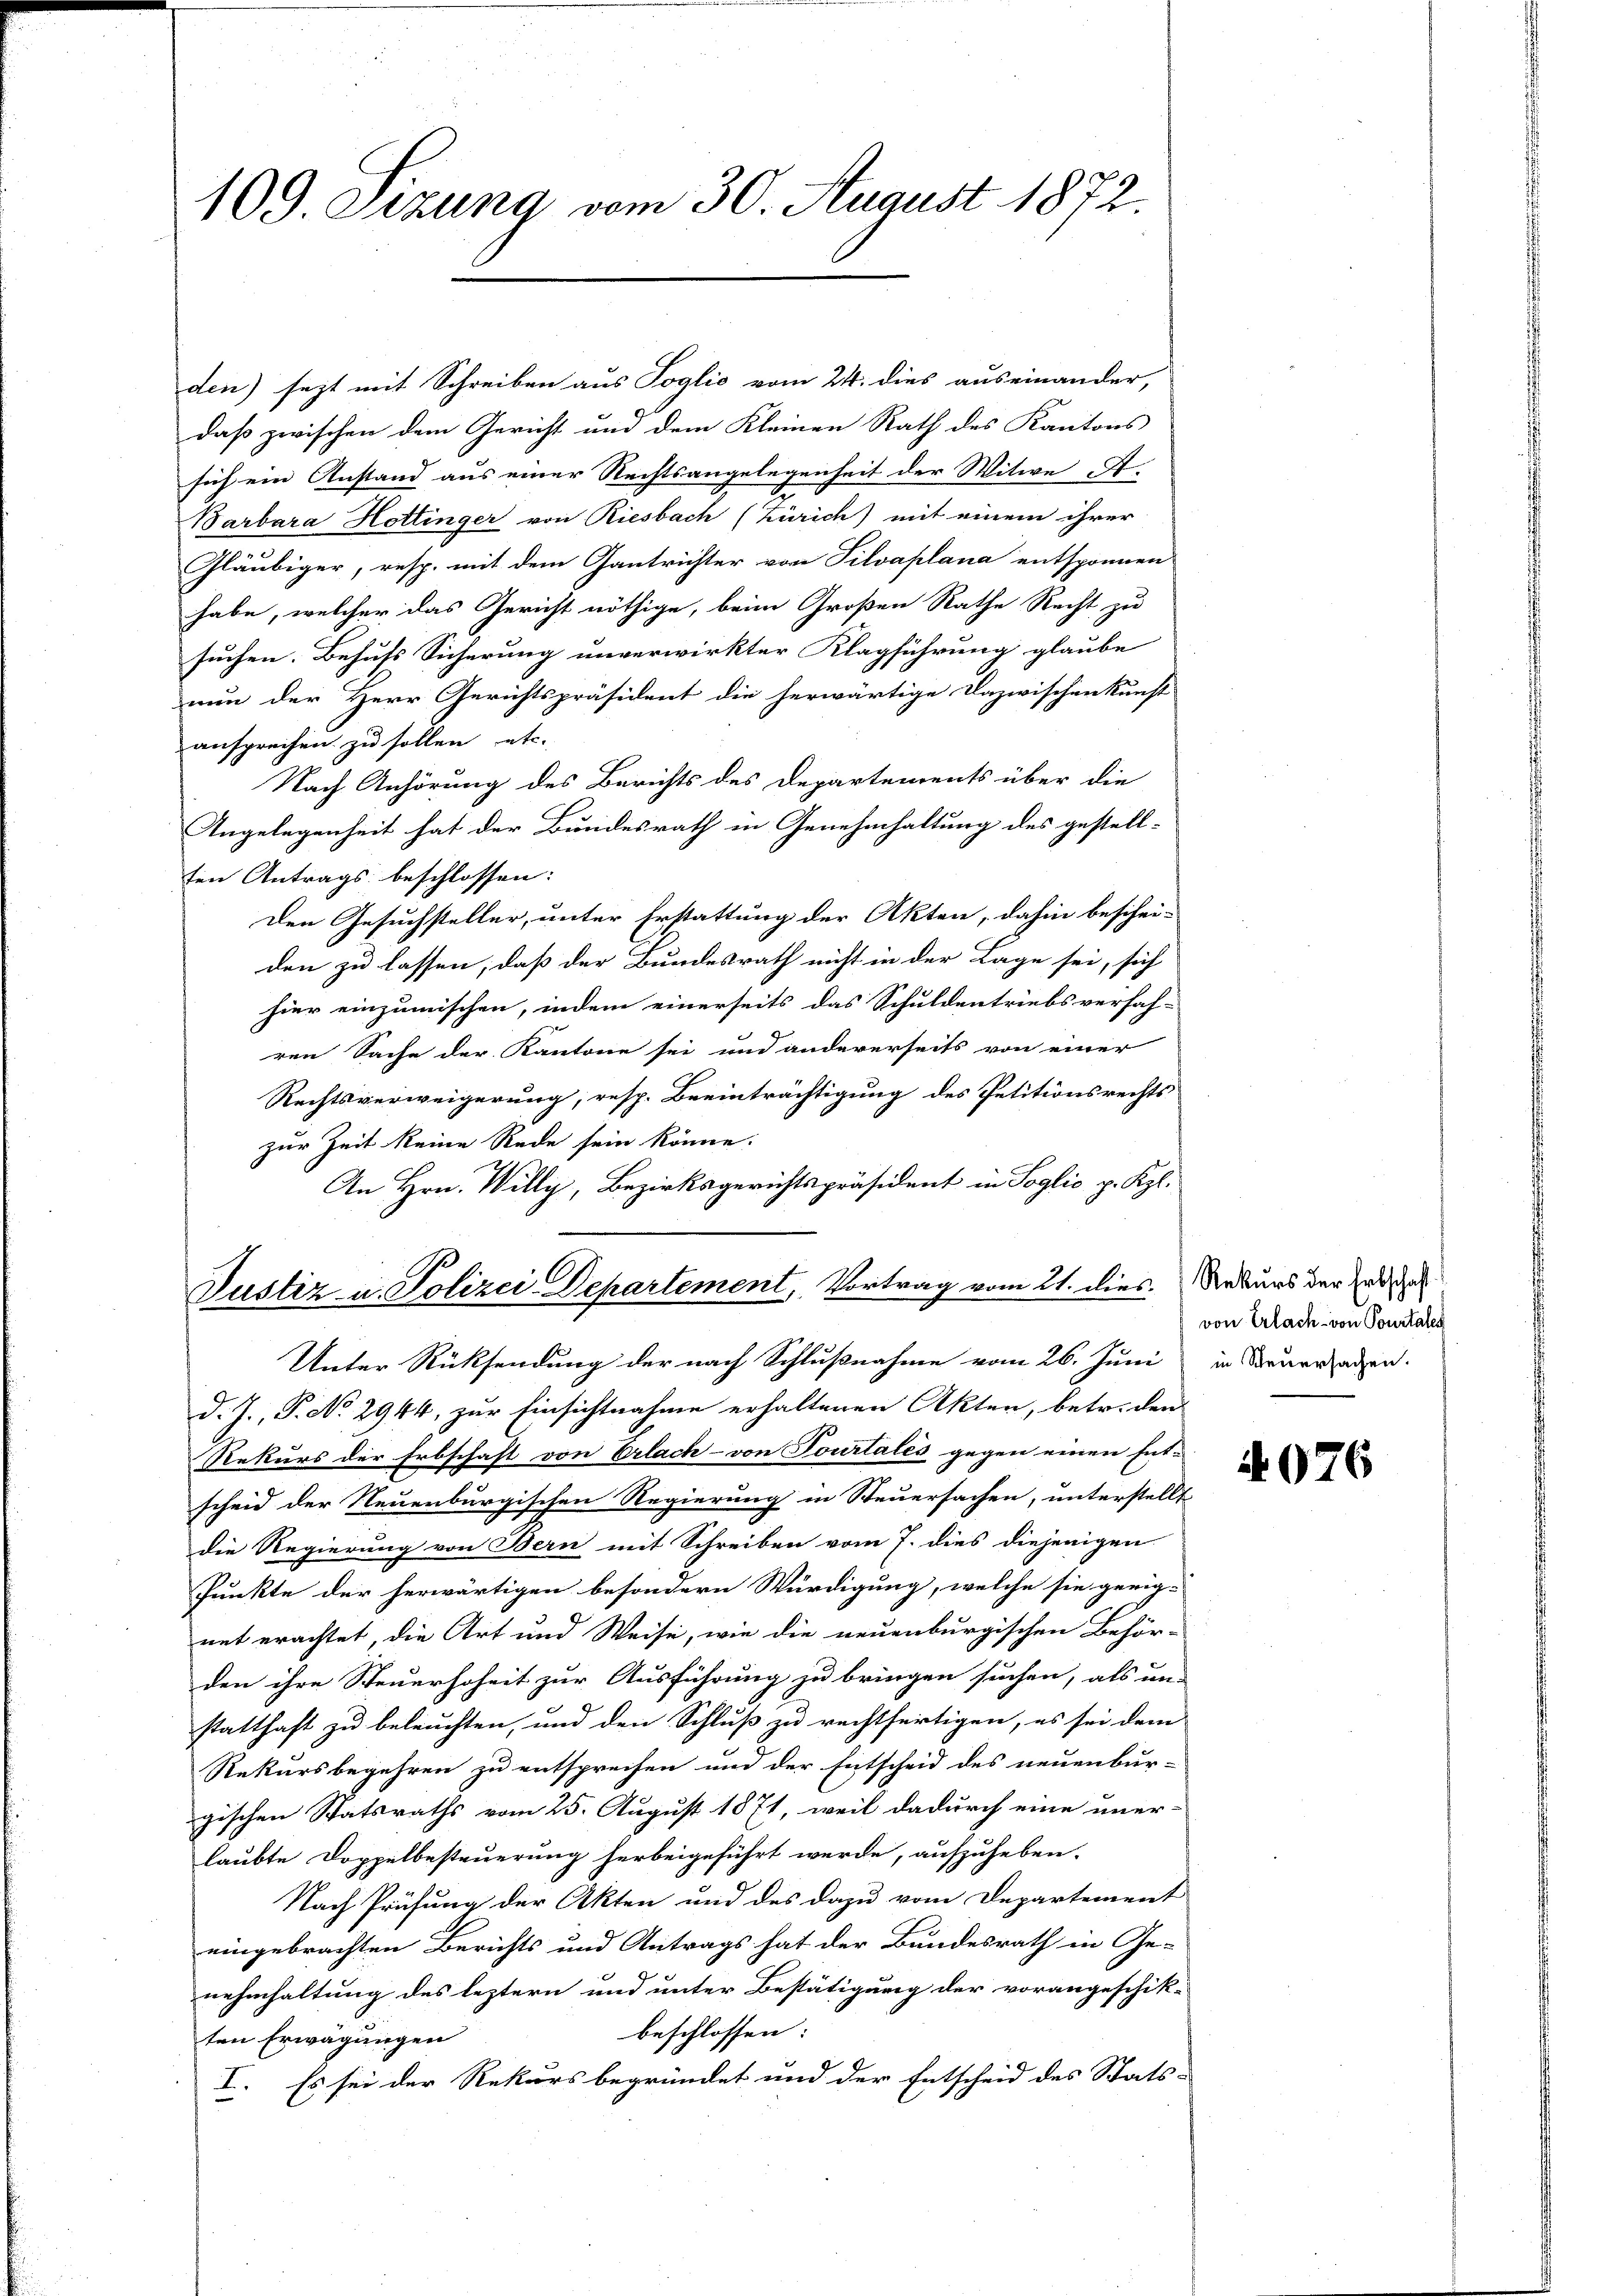
109. Sezung vom 30. August 1872.

daß zwischen dem Gericht und dem Kleinen Rath des Kantons
sich ein Anstand aus einer Rechtsangelegenheit der Witwe A.
Barbara Hottinger von Riesbach (Zürich) mit einem ihrer
Gläubiger, resp. mit dem Gantrichter von Silvaplana entsponnen
habe, welcher das Gericht nöthige, beim Großen Rathe Recht zu
suchen. Behufs Sicherung unverwirkter Klagführung glaube
nun der Herr Gerichtspräsident die herwärtige Dazwischenkunft
ansprechen zu sollen etc.
Nach Anhörung des Berichts des Departements über die
Angelegenheit hat der Bundesrath in Genehmhaltung des gestell-
ten Antrags beschlossen:
Den Gesuchsteller, unter Erstattung der Akten, dahin beschei-
den zu lassen, daß der Bundesrath nicht in der Lage sei, sich
hier einzumischen, indem einerseits das Schuldentriebsverfah-
ren Sache der Kantone sei und andererseits von einer
Rechtsverweigerung, resp. Beeinträchtigung des Petitionsrechts
zur Zeit keine Rede sein könne.
An Hrn. Willy, Bezirksgerichtspräsident in Soglio p. Kgl.
Justiz- u. Polizei-Departement, Vortrag vom 21. dies. Rekurs der Zedel
Unter Rücksendung der nach Schlußnahme vom 26. Juni in Neuersagen.
d. J., P. No 2944, zur Einsichtnahme erhaltenen Akten, betr. den
Rekurs der Erbschaft von Erlach - von Tourtales gegen einen Ent-
scheid der Neuenburgischen Regierung in Steuersachen, unterstellt
die Regierung von Bern mit Schreiben vom 7. dies diejenigen
Punkte der herwärtigen besondern Würdigung, welche sie geeig-
mit erachtet, die Art und Weise, wie die neuenburgischen Behör-
den ihre Steuerhoheit zur Ausführung zu bringen suchen, als um-
statthaft zu beleuchten, und den Schluß zu rechtfertigen, es sei dem
Rekursbegehren zu entsprechen und der Entscheid des neuenbur-
gischen Statsraths vom 25. August 1871, weil dadurch eine uner-
laubte Doppelbesteuerung herbeigeführt werde, aufzuheben.
Nach Prüfung der Akten und des dazu vom Departement
eingebrachten Berichts und Antrags hat der Bundesrath in Genehmhaltung des leztern und unter Bestätigung der vorangeschik-
beschlossen:
ten Erwägungen
I. Es sei der Rekurs begründet und der Entscheid des Stats-

den) sezt mit Schreiben aus Toglio vom 24. dies auseinander,

von Erlach von Pourtales

N076